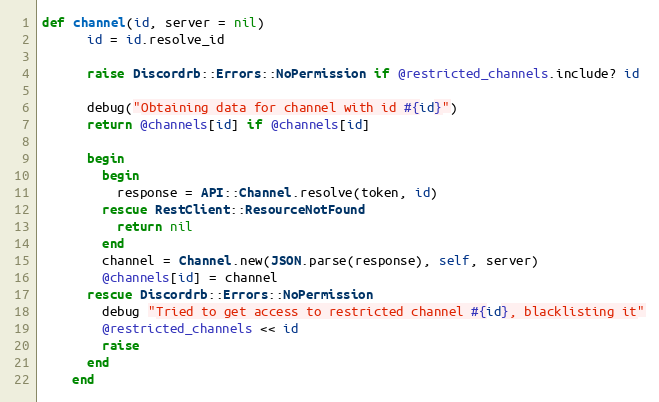
Language: Ruby
def channel(id, server = nil)
      id = id.resolve_id

      raise Discordrb::Errors::NoPermission if @restricted_channels.include? id

      debug("Obtaining data for channel with id #{id}")
      return @channels[id] if @channels[id]

      begin
        begin
          response = API::Channel.resolve(token, id)
        rescue RestClient::ResourceNotFound
          return nil
        end
        channel = Channel.new(JSON.parse(response), self, server)
        @channels[id] = channel
      rescue Discordrb::Errors::NoPermission
        debug "Tried to get access to restricted channel #{id}, blacklisting it"
        @restricted_channels << id
        raise
      end
    end